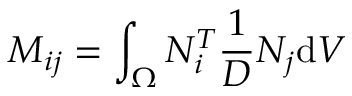
M _ { i j } = \int _ { \Omega } { N _ { i } ^ { T } \frac { 1 } { D } { N _ { j } } \mathrm { d } V }